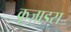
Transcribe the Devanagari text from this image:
क्रूज़ाडस